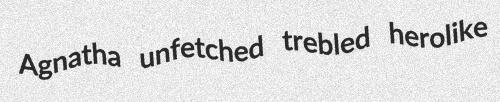
Agnatha unfetched trebled herolike